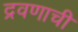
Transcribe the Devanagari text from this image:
द्रवणाची